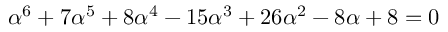
\alpha ^ { 6 } + 7 \alpha ^ { 5 } + 8 \alpha ^ { 4 } - 1 5 \alpha ^ { 3 } + 2 6 \alpha ^ { 2 } - 8 \alpha + 8 = 0